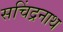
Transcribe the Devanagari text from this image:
सचिंद्रनाथ